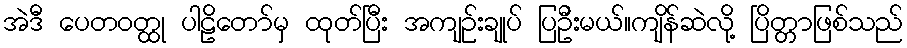
အဲဒီ ပေတဝတ္ထု ပါဠိတော်မှ ထုတ်ပြီး အကျဉ်းချုပ် ပြဦးမယ်။ကျိန်ဆဲလို့ ပြိတ္တာဖြစ်သည်